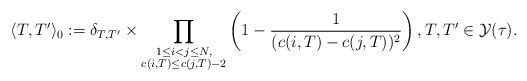
LaTeX: \begin{gather*}\langle T,T^{\prime}\rangle _{0}:=\delta_{T,T^{\prime}}\times \prod_{\substack{1\leq i<j\leq N,\\ c(i,T) \leq c(j,T) -2}}\left( 1-\frac{1}{( c(i,T) -c(j,T)) ^{2}}\right) , T,T^{\prime}\in\mathcal{Y} (\tau) .\end{gather*}